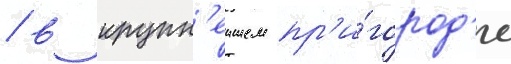
/ в крупн'еишем пр'и́город'е